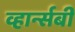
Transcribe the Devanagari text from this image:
व्हार्न्सबी